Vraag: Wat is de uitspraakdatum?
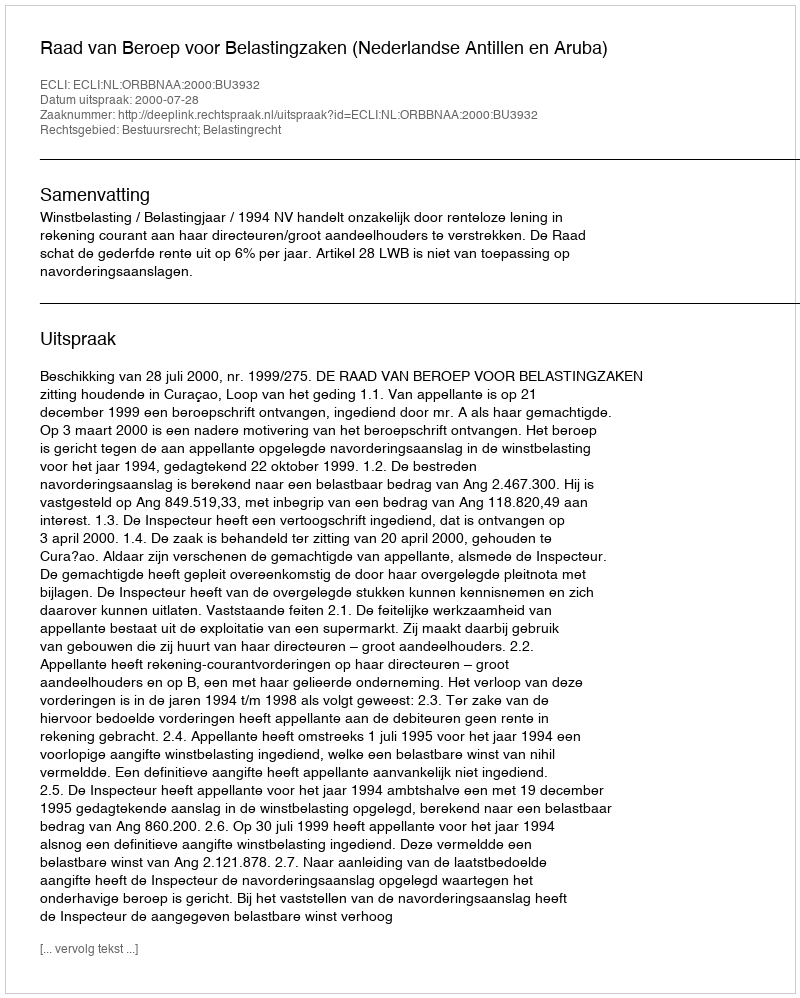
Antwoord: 2000-07-28